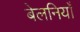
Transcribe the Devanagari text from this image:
बेलनियाँ